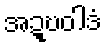
အဍ္ဎဝါဒံ